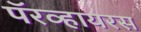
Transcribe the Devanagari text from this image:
पॅरव्हायरस